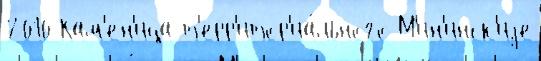
2010 Кам'ен'ица т'ерр'итор'иа́льного М'ин'инск'иjе